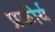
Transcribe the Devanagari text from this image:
प्रकीर्य